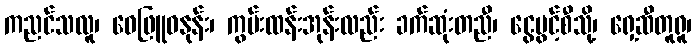
ကညင်သလူ၊ ဝေဖြူဓနုန်း၊ ကွမ်းထန်းအုန်းလည်း ခက်ဆုံးတညီ၊ ငွေပွင့်စီသို့၊ ရှေ့ဆီတူရူ၊